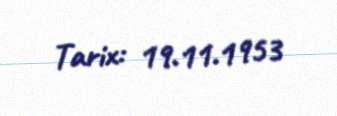
Tarix: 19.11.1953